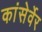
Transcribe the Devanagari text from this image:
कांसेर्वेर